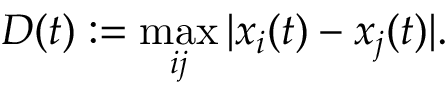
D ( t ) : = \operatorname* { m a x } _ { i j } | x _ { i } ( t ) - x _ { j } ( t ) | .